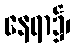
နေရာ၌၊